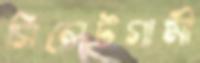
সিলেটগামী